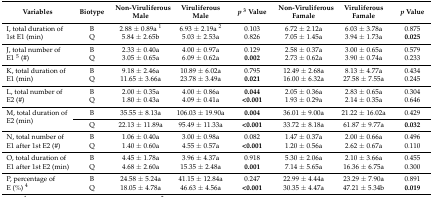
<table><thead><tr><td><b>Variables</b></td><td><b>Biotype</b></td><td><b>Non-Viruliferous Male</b></td><td><b>Viruliferous Male</b></td><td><b><i>p</i><sup>3</sup> Value</b></td><td><b>Non-Viruliferous Famale</b></td><td><b>Viruliferous Famale</b></td><td><b><i>p</i> Value</b></td></tr></thead><tbody><tr><td rowspan="2">I, total duration of 1st E1 (min)</td><td>B</td><td>2.88 ± 0.89a <sup>1</sup></td><td>6.93 ± 2.19a <sup>2</sup></td><td>0.103</td><td>6.72 ± 2.12a</td><td>6.03 ± 3.78a</td><td>0.875</td></tr><tr><td>Q</td><td>5.84 ± 2.65b</td><td>5.03 ± 2.53a</td><td>0.826</td><td>7.05 ± 1.45a</td><td>3.94 ± 1.73a</td><td><b>0.025</b></td></tr><tr><td rowspan="2">J, total number of E1 <sup>5</sup> (#)</td><td>B</td><td>2.33 ± 0.40a</td><td>4.00 ± 0.97a</td><td>0.129</td><td>2.58 ± 0.37a</td><td>3.00 ± 0.65a</td><td>0.579</td></tr><tr><td>Q</td><td>3.05 ± 0.65a</td><td>6.09 ± 0.62a</td><td><b>0.002</b></td><td>2.73 ± 0.62a</td><td>3.90 ± 0.74a</td><td>0.233</td></tr><tr><td rowspan="2">K, total duration of E1 (min)</td><td>B</td><td>9.18 ± 2.46a</td><td>10.89 ± 6.02a</td><td>0.795</td><td>12.49 ± 2.68a</td><td>8.13 ± 4.77a</td><td>0.434</td></tr><tr><td>Q</td><td>11.65 ± 3.66a</td><td>23.78 ± 3.49a</td><td><b>0.021</b></td><td>16.00 ± 6.32a</td><td>27.58 ± 7.55a</td><td>0.245</td></tr><tr><td rowspan="2">L, total number of E2 (#)</td><td>B</td><td>2.00 ± 0.35a</td><td>4.00 ± 0.86a</td><td><b>0.044</b></td><td>2.05 ± 0.36a</td><td>2.83 ± 0.65a</td><td>0.304</td></tr><tr><td>Q</td><td>1.80 ± 0.43a</td><td>4.09 ± 0.41a</td><td><b>&lt;0.001</b></td><td>1.93 ± 0.29a</td><td>2.14 ± 0.35a</td><td>0.646</td></tr><tr><td rowspan="2">M, total duration of E2 (min)</td><td>B</td><td>35.55 ± 8.13a</td><td>106.03 ± 19.90a</td><td><b>0.004</b></td><td>36.01 ± 9.00a</td><td>21.22 ± 16.02a</td><td>0.429</td></tr><tr><td>Q</td><td>22.13 ± 11.89a</td><td>95.49 ± 11.33a</td><td><b>&lt;0.001</b></td><td>33.72 ± 8.18a</td><td>61.87 ± 9.77a</td><td><b>0.032</b></td></tr><tr><td rowspan="2">N, total number of E1 after 1st E2 (#)</td><td>B</td><td>1.06 ± 0.40a</td><td>3.00 ± 0.98a</td><td>0.082</td><td>1.47 ± 0.37a</td><td>2.00 ± 0.66a</td><td>0.496</td></tr><tr><td>Q</td><td>1.40 ± 0.60a</td><td>4.55 ± 0.57a</td><td><b>&lt;0.001</b></td><td>1.20 ± 0.56a</td><td>2.62 ± 0.67a</td><td>0.110</td></tr><tr><td rowspan="2">O, total duration of E1 after 1st E2 (min)</td><td>B</td><td>4.45 ± 1.78a</td><td>3.96 ± 4.37a</td><td>0.918</td><td>5.30 ± 2.06a</td><td>2.10 ± 3.66a</td><td>0.455</td></tr><tr><td>Q</td><td>4.68 ± 2.60a</td><td>15.35 ± 2.48a</td><td><b>0.001</b></td><td>7.14 ± 5.65a</td><td>16.36 ± 6.75a</td><td>0.300</td></tr><tr><td rowspan="2">P, percentage of E (%) <sup>4</sup></td><td>B</td><td>24.58 ± 5.24a</td><td>41.15 ± 12.84a</td><td>0.247</td><td>22.99 ± 4.44a</td><td>23.29 ± 7.90a</td><td>0.891</td></tr><tr><td>Q</td><td>18.05 ± 4.78a</td><td>46.63 ± 4.56a</td><td><b>&lt;0.001</b></td><td>30.35 ± 4.47a</td><td>47.21 ± 5.34b</td><td><b>0.019</b></td></tr></tbody></table>